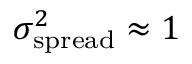
\sigma _ { \mathrm { s p r e a d } } ^ { 2 } \approx 1